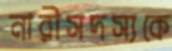
নারীসদস্যকে